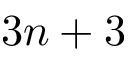
3 n + 3